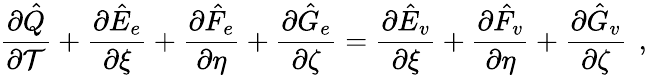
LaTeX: \frac{\partial\hat{Q}}{\partial\mathcal{T}}+\frac{\partial\hat{E}_{e}}{\partial\xi}+\frac{\partial\hat{F}_{e}}{\partial\eta}+\frac{\partial\hat{G}_{e}}{\partial\zeta}=\frac{\partial\hat{E}_{v}}{\partial\xi}+\frac{\partial\hat{F}_{v}}{\partial\eta}+\frac{\partial\hat{G}_{v}}{\partial\zeta}\, \mathrm{~,~}